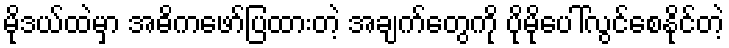
မိုဒယ်ထဲမှာ အဓိကဖော်ပြထားတဲ့ အချက်တွေကို ပိုမိုပေါ်လွင်စေနိုင်တဲ့